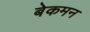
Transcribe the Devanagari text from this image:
बेकमन